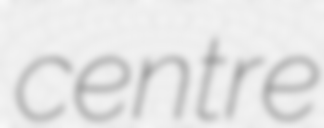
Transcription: centre